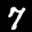
Label: 7